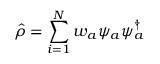
\hat { \rho } = \sum _ { i = 1 } ^ { N } w _ { a } \psi _ { a } \psi _ { a } ^ { \dagger }